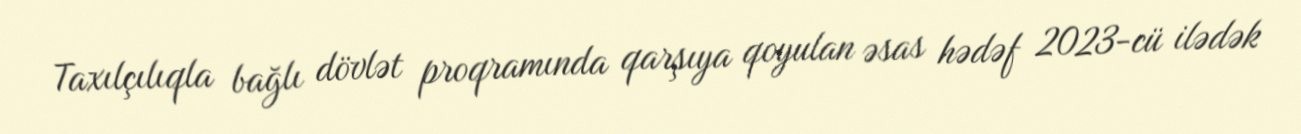
Taxılçılıqla bağlı dövlət proqramında qarşıya qoyulan əsas hədəf 2023-cü ilədək